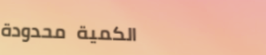
الكمية محدودة